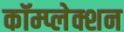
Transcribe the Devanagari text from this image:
कॉम्प्लेक्शन